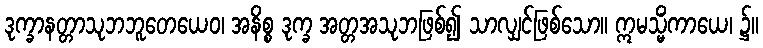
ဒုက္ခာနတ္တာသုဘဘူတေယေဝ၊ အနိစ္စ ဒုက္ခ အတ္တအသုဘဖြစ်၍ သာလျှင်ဖြစ်သော။ ဣမသ္မိံကာယေ၊ ၌။